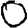
Digit: 0